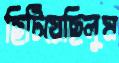
ছিটিয়েছিলুম